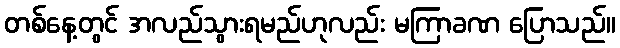
တစ်နေ့တွင် အလည်သွားရမည်ဟုလည်း မကြာခဏ ပြောသည်။